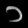
Digit: ၁